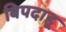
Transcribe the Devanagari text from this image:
बिपदाहू